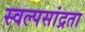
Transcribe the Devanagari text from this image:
स्वल्पसांद्रता